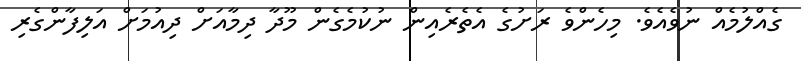
ގެއްލުމެއް ނުވެއެވެ. މިހެންވެ ރަށުގެ އެތެރެއިން ނުކުމެގެން މޫދާ ދިމާއަށް ދިއުމަށް އަލިފާންގެރި